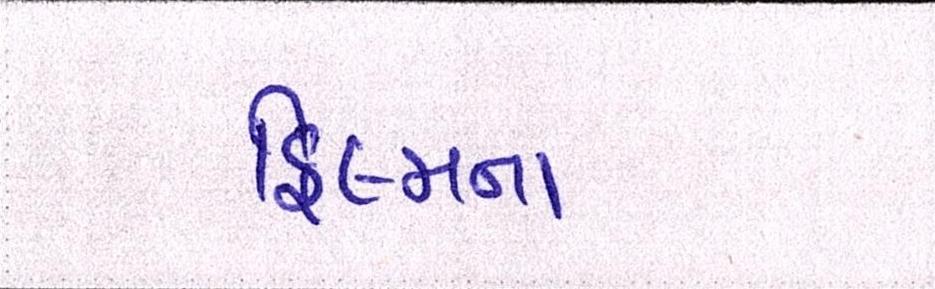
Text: ફિલ્મના